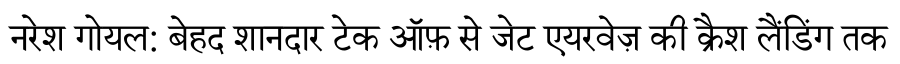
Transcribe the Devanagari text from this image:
नरेश गोयल: बेहद शानदार टेक ऑफ़ से जेट एयरवेज़ की क्रैश लैंडिंग तक